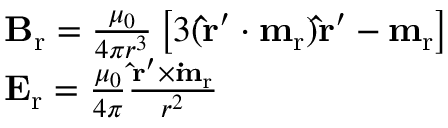
\begin{array} { r l } & { \mathbf { B } _ { \mathrm { r } } = \frac { \mu _ { 0 } } { 4 \pi r ^ { 3 } } \left[ 3 ( \mathbf { \hat { r } ^ { \prime } } \boldsymbol { \cdot } \mathbf { m } _ { \mathrm { r } } ) \mathbf { \hat { r } ^ { \prime } } - \mathbf { m } _ { \mathrm { r } } \right] } \\ & { \mathbf { E } _ { \mathrm { r } } = \frac { \mu _ { 0 } } { 4 \pi } \frac { \mathbf { \hat { r } ^ { \prime } } \times \mathbf { \dot { m } _ { \mathrm { r } } } } { r ^ { 2 } } } \end{array}